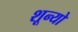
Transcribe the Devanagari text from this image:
शून्यो